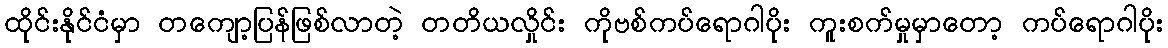
ထိုင်းနိုင်ငံမှာ တကျော့ပြန်ဖြစ်လာတဲ့ တတိယလှိုင်း ကိုဗစ်ကပ်ရောဂါပိုး ကူးစက်မှုမှာတော့ ကပ်ရောဂါပိုး